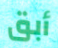
أبق